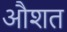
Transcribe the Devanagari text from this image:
औशत